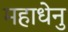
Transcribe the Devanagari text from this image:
महाधेनु